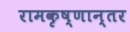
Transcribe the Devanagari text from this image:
रामकृष्णान्तर